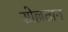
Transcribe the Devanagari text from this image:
सोल्लतान